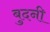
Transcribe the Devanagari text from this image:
बुदनी